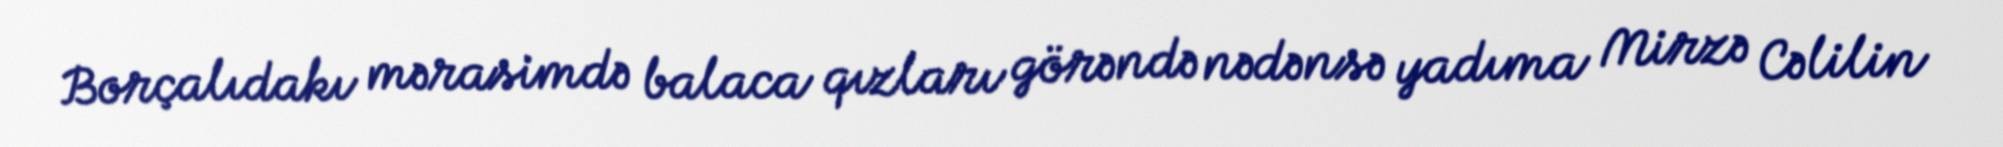
Borçalıdakı mərasimdə balaca qızları görəndə nədənsə yadıma Mirzə Cəlilin